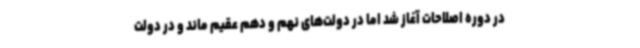
در دوره اصلاحات آغاز شد اما در دولت‌های نهم و دهم عقیم ماند و در دولت